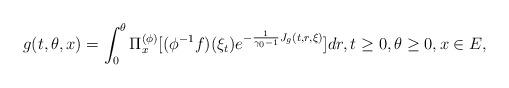
LaTeX: \begin{align*} g(t,\theta, x) = \int_0^{\theta} \Pi_x^{(\phi)} [ (\phi^{-1}f)(\xi_t) e^{-\frac{1}{\gamma_0 - 1} J_g(t,r,\xi) } ] dr,t\geq 0, \theta \geq 0, x\in E,\end{align*}